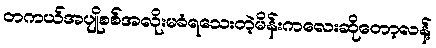
တကယ်အပျိုစစ်အလိုးမခံရသေးတဲ့မိန်းကလေးဆိုတော့လန့်